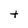
Character: t